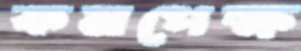
কমপেক্ষ